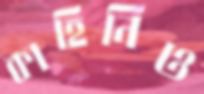
কাহিনিও